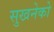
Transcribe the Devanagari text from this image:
सुखनेको